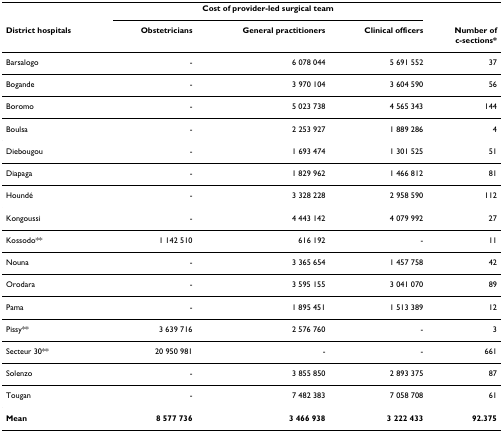
<table><thead><tr><td></td><td colspan="3"><b>Cost of provider-led surgical team</b></td><td></td></tr><tr><td><b>District hospitals</b></td><td><b>Obstetricians</b></td><td><b>General practitioners</b></td><td><b>Clinical officers</b></td><td><b>Number ofc-sections*</b></td></tr></thead><tbody><tr><td>Barsalogo</td><td>-</td><td>6 078 044</td><td>5 691 552</td><td>37</td></tr><tr><td>Bogande</td><td>-</td><td>3 970 104</td><td>3 604 590</td><td>56</td></tr><tr><td>Boromo</td><td>-</td><td>5 023 738</td><td>4 565 343</td><td>144</td></tr><tr><td>Boulsa</td><td>-</td><td>2 253 927</td><td>1 889 286</td><td>4</td></tr><tr><td>Diebougou</td><td>-</td><td>1 693 474</td><td>1 301 525</td><td>51</td></tr><tr><td>Diapaga</td><td>-</td><td>1 829 962</td><td>1 466 812</td><td>81</td></tr><tr><td>Houndé</td><td>-</td><td>3 328 228</td><td>2 958 590</td><td>112</td></tr><tr><td>Kongoussi</td><td>-</td><td>4 443 142</td><td>4 079 992</td><td>27</td></tr><tr><td>Kossodo**</td><td>1 142 510</td><td>616 192</td><td>-</td><td>11</td></tr><tr><td>Nouna</td><td>-</td><td>3 365 654</td><td>1 457 758</td><td>42</td></tr><tr><td>Orodara</td><td>-</td><td>3 595 155</td><td>3 041 070</td><td>89</td></tr><tr><td>Pama</td><td>-</td><td>1 895 451</td><td>1 513 389</td><td>12</td></tr><tr><td>Pissy**</td><td>3 639 716</td><td>2 576 760</td><td>-</td><td>3</td></tr><tr><td>Secteur 30**</td><td>20 950 981</td><td>-</td><td>-</td><td>661</td></tr><tr><td>Solenzo</td><td>-</td><td>3 855 850</td><td>2 893 375</td><td>87</td></tr><tr><td>Tougan</td><td>-</td><td>7 482 383</td><td>7 058 708</td><td>61</td></tr><tr><td><b>Mean</b></td><td><b>8 577 736</b></td><td><b>3 466 938</b></td><td><b>3 222 433</b></td><td><b>92.375</b></td></tr></tbody></table>